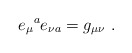
\begin{align*}e_{\mu}{}^{a}e_{\nu a} = g_{\mu\nu}\ .\end{align*}